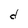
Character: d